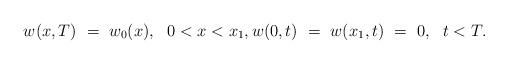
LaTeX: \begin{align*}w(x,T) \ = \ w_0(x), \ \ 0<x<x_1, w(0,t) \ = \ w(x_1,t) \ = \ 0, \ \ t<T.\end{align*}